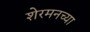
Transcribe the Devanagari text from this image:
शेरमनच्या